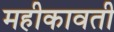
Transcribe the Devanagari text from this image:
महीकावती